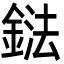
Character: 鍅